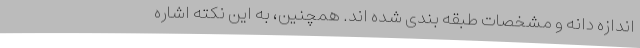
اندازه دانه و مشخصات طبقه بندی شده اند. همچنین، به این نکته اشاره